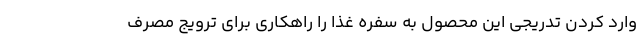
وارد کردن تدریجی این محصول به سفره غذا را راهکاری برای ترویج مصرف